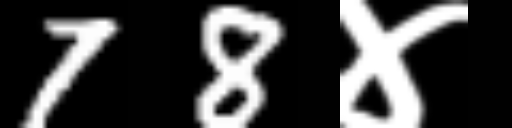
Text: 78४